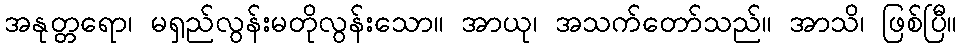
အနုတ္တရော၊ မရှည်လွန်းမတိုလွန်းသော။ အာယု၊ အသက်တော်သည်။ အာသိ၊ ဖြစ်ပြီ။